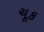
ચૂક